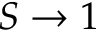
S \rightarrow 1